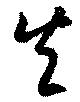
矢